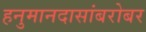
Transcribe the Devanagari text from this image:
हनुमानदासांबरोबर